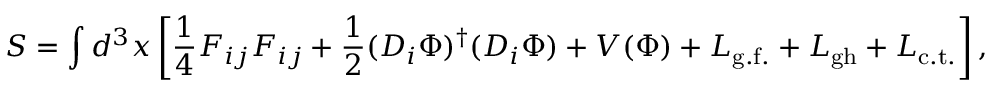
S = \int d ^ { 3 } x \left[ \frac { 1 } { 4 } F _ { i j } F _ { i j } + \frac { 1 } { 2 } ( D _ { i } \Phi ) ^ { \dagger } ( D _ { i } \Phi ) + V ( \Phi ) + { \cal L } _ { \mathrm { g . f . } } + { \cal L } _ { \mathrm { g h } } + { \cal L } _ { \mathrm { c . t . } } \right] ,